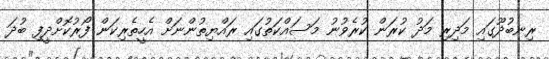
ރިނބުދޫގައި މަދިރި މަދު ކުރަން ކުރެވުނު މަސައްކަތުގައި ރައްޔިތުންނަށް އެހީތެރިކަން ފޯރުކޮށްދީފި ބުދަ